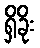
ရှိခိုး